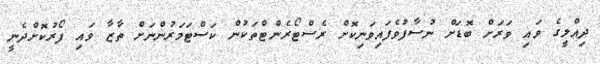
ދިއްލީގެ ވައި ވަރަށް ބޮޑަށް ނުސާފުވެފައިވަނިކޮށް ރެސްޓޯރެންޓްތަކުން ކަސްޓަމަރުންނަށް ތާޒާ ވައި ފޯރުކޮށްދެނީ